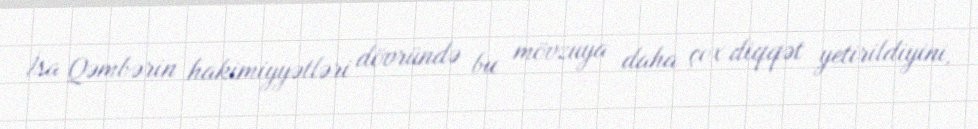
İsa Qəmbərin hakimiyyətləri dövründə bu mövzuya daha çox diqqət yetirildiyini,